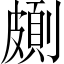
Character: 𠠉